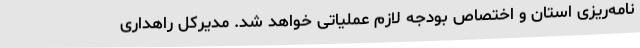
نامه‌ریزی استان و اختصاص بودجه لازم عملیاتی خواهد شد. مدیرکل راهداری